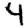
Digit: 4